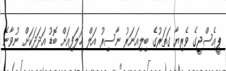
ޕީއެސްޖީގެ ވެރިޔާ ގަތަރުގެ ބިލިއަނަރު ނާސިރު އަލް ޚަލަފިއަށް ބޮޑު އަދަދަކަށް ނުވާނެ